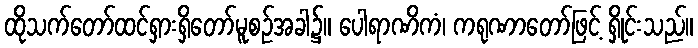
ထိုသက်တော်ထင်ရှားရှိတော်မူစဉ်အခါ၌။ ပေါရာဏိကံ၊ ကရုဏာတော်ဖြင့် ရှိုင်းသည်။